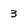
Character: 3